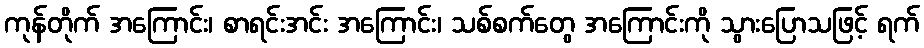
ကုန်တိုက် အကြောင်း၊ စာရင်းအင်း အကြောင်း၊ သစ်စက်တွေ အကြောင်းကို သွားပြောသဖြင့် ရက်